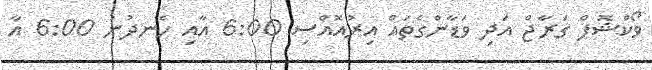
ވޯކްޝޮޕް ގަރާޖް އަދި ވަޑާންގެތައް އިރުއޮއްސި 6:00 އާއި ހެނދުނު 6:00 އާ